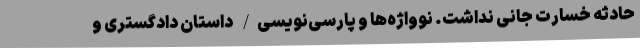
حادثه خسارت جانی نداشت. نوواژه‌ها و پارسی‌نویسی/ داستان دادگستری و